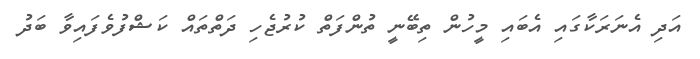
އަދި އެނަރަކާގައި އެބައި މީހުން ތިބޭނީ ތުންފަތް ކުރުޖެހި ދަތްތައް ކަޝްފުވެފައިވާ ބަދު